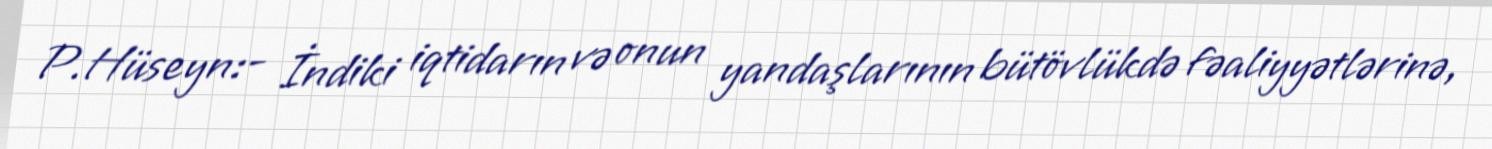
P.Hüseyn:- İndiki iqtidarın və onun yandaşlarının bütövlükdə fəaliyyətlərinə,